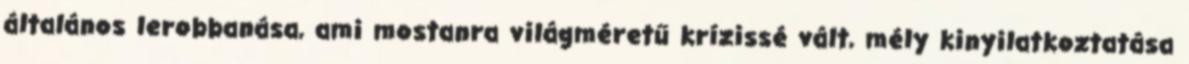
általános lerobbanása, ami mostanra világméretű krízissé vált, mély kinyilatkoztatása